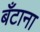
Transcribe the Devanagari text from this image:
बँटाना